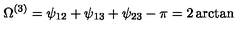
\Omega ^ { ( 3 ) } = \psi _ { 1 2 } + \psi _ { 1 3 } + \psi _ { 2 3 } - \pi = 2 \arctan